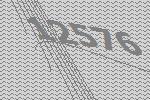
12576